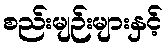
စည်းမျဉ်းများနှင့်